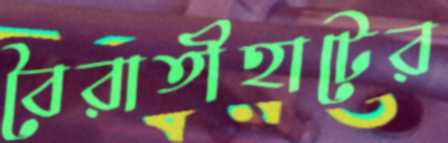
বৈরাতীহাটের